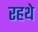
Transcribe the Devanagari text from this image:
रहथे